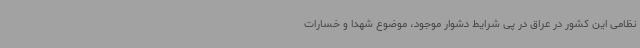
نظامی این کشور در عراق در پی شرایط دشوار موجود، موضوع شهدا و خسارات